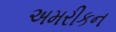
અમરીકન